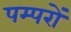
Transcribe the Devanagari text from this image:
पम्परों